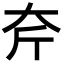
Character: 𡗲